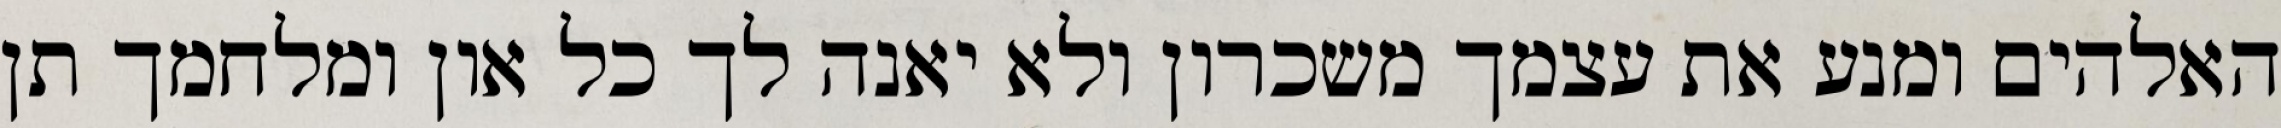
האלהים ומנע את עצמך משכרון ולא יאנה לך כל און ומלחמך תן